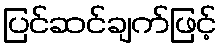
ပြင်ဆင်ချက်ဖြင့်